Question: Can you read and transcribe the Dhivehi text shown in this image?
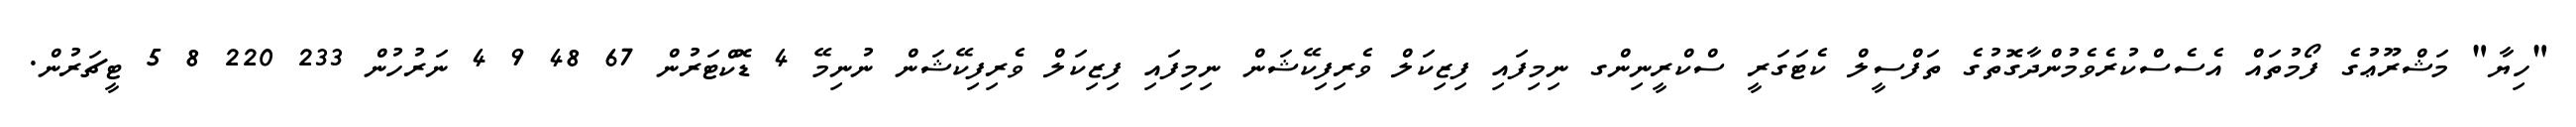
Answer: "ހިޔާ" މަޝްރޫޢުގެ ފޯމުތައް އެސެސްކުރެވެމުންދާގޮތުގެ ތަފްސީލް ކެޓަގަރީ ސްކްރީނިންގ ނިމިފައި ފިޒިކަލް ވެރިފިކޭޝަން ނިމިފައި ފިޒިކަލް ވެރިފިކޭޝަން ނުނިމޭ 4 ޑޮކްޓަރުން 67 48 9 4 ނަރުހުން 233 220 8 5 ޓީޗަރުން.